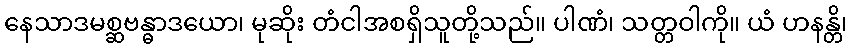
နေသာဒမစ္ဆဗန္ဓာဒယော၊ မုဆိုး တံငါအစရှိသူတို့သည်။ ပါဏံ၊ သတ္တဝါကို။ ယံ ဟနန္တိ၊